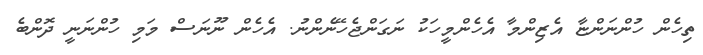
ތިހެން ހުންނަންޏާ އެޒިންމާ އެހެންމީހަކު ނަގަންޖެހޭނެންނު. އެހެން ނޫނަސް މަމި ހުންނަނީ ދޮންބެ